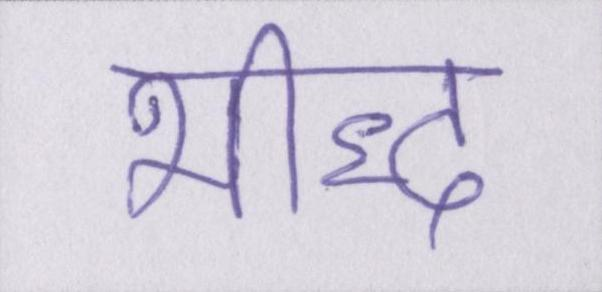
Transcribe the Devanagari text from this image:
भीद्ध